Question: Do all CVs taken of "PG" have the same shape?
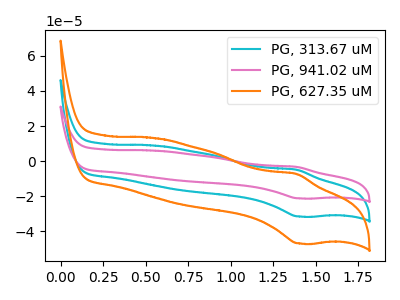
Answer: <think>The cyan curve "PG, 313.67 uM" has an anodic peak at (1.40V, -4.95uA) and a cathodic peak at (1.40V, -31.65uA). The pink curve "PG, 941.02 uM" has an anodic peak at (1.40V, -9.85uA) and a cathodic peak at (1.40V, -63.30uA). The orange curve "PG, 627.35 uM" has an anodic peak at (1.40V, -7.35uA) and a cathodic peak at (1.40V, -47.05uA).
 All the peaks in "PG, 313.67 uM" have a peak in "PG, 941.02 uM" at the same potential. All the peaks in "PG, 313.67 uM" have a peak in "PG, 627.35 uM" at the same potential. All the peaks in "PG, 941.02 uM" have a peak in "PG, 627.35 uM" at the same potential.</think>
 <answer>All the CV's of "PG" have similar shape.</answer>
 <eval>follow_rule</eval>